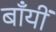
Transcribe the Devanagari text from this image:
बाँयीं